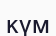
күм